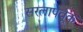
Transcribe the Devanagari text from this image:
सरलापर्वूक